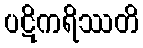
ပဋိကရိဿတိ